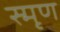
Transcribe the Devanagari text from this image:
स्मृण